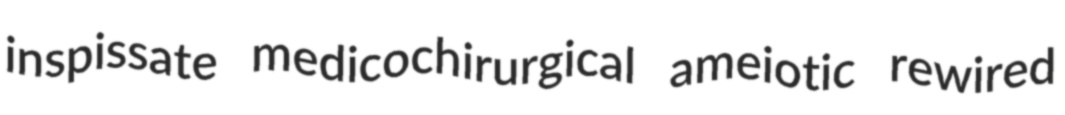
inspissate medicochirurgical ameiotic rewired